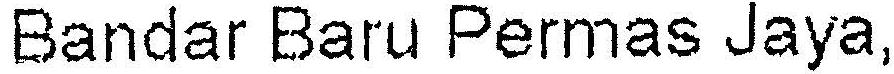
BANDAR BARU PERMAS JAYA,